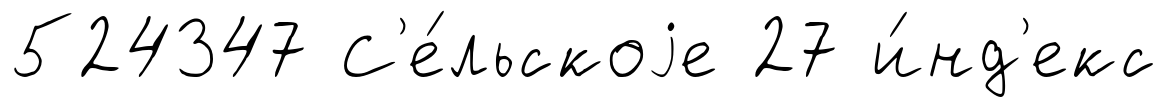
524347 С'е́льскоjе 27 и́нд'екс